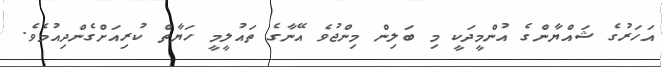
އަހަރުގެ ޝައްޔާންގެ އުންމީދަކީ މި ބަލިން މިންޖުވެ އޭނާގެ ތައުލީމީ ހަޔާތް ކުރިއަށްގެންދިއުމެވެ.